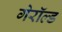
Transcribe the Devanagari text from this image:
गेरॉल्ड